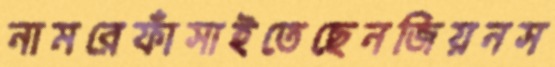
নামরেফাঁসাইতেছেনজিয়নস